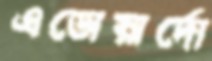
এডোয়ার্দো